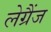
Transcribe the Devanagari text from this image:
लेग्रैंज